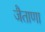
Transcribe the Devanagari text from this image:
जैताणा